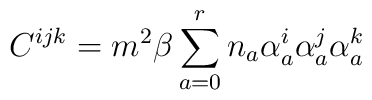
C^{ijk}=m^2\beta\sum_{a=0}^rn_a\alpha_a^i \alpha_a^j \alpha_a^k